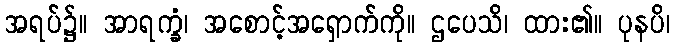
အရပ်၌။ အာရက္ခံ၊ အစောင့်အရှောက်ကို။ ဌပေသိ၊ ထား၏။ ပုနပိ၊